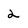
Character: 2